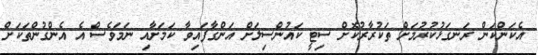
އެކަންކަން ރަނގަޅުކުރުމަށް ތަކުރާރުކޮށް ސިޓީ ކައުންސިލަށް އަންގާފައިވާ ކަމަށާއި ނަމަވެސް އެ އެންގުންތަކަށް